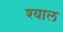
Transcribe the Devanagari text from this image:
श्याल